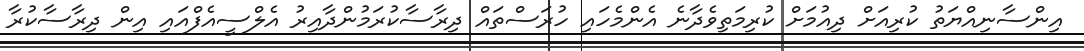
އިންސާނިއްޔަތު ކުރިއަށް ދިއުމަށް ކުރިމަތިވެދާނެ އެންމެހައި ހުރަސްތައް ދިރާސާކުރަމުންދާއިރު އެލްސީއެފްއައި އިން ދިރާސާކުރާ